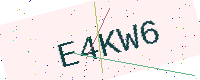
Text: E4KW6